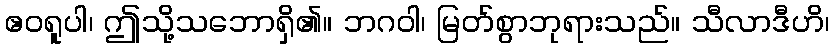
ဧဝရူပါ၊ ဤသို့သဘောရှိ၏။ ဘဂဝါ၊ မြတ်စွာဘုရားသည်။ သီလာဒီဟိ၊